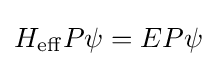
H_{\rm {eff}}P\psi =EP\psi